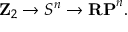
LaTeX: \mathbf { Z } _ { 2 } \to S ^ { n } \to \mathbf { R P } ^ { n } .